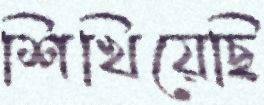
শিখিয়েছি